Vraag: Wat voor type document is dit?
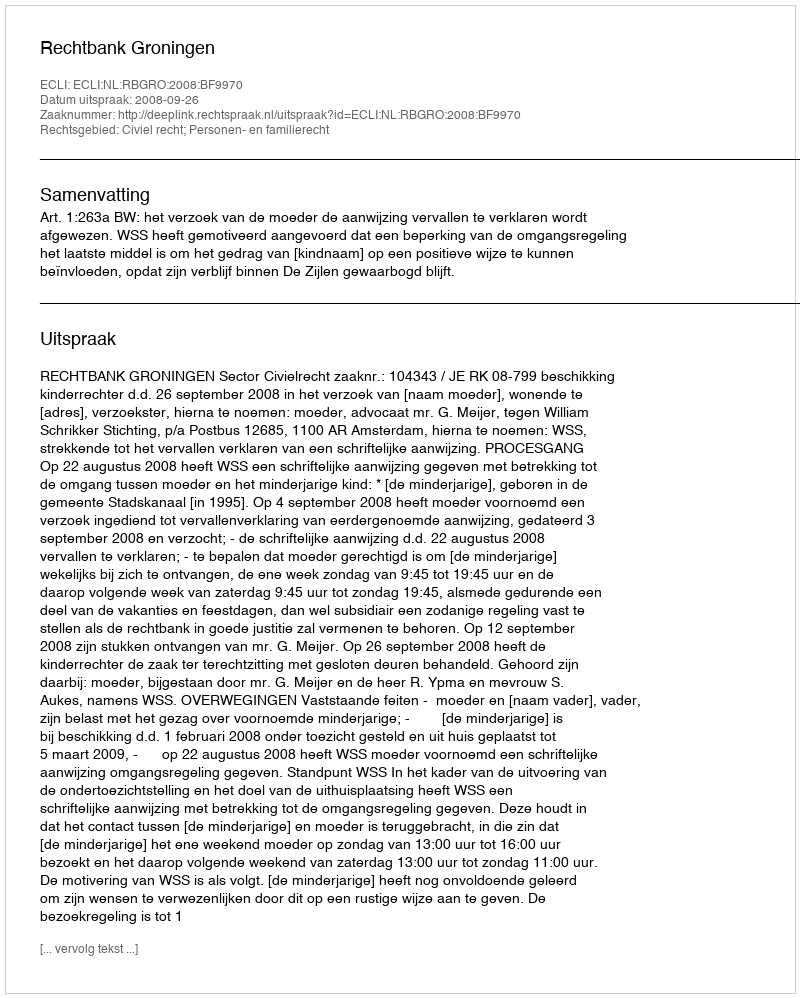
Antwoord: Uitspraak